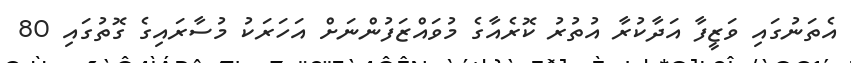
އެތަނުގައި ވަޒީފާ އަދާކުރާ އުތުރު ކޮރެއާގެ މުވައްޒަފުންނަށް އަހަރަކު މުސާރައިގެ ގޮތުގައި 80